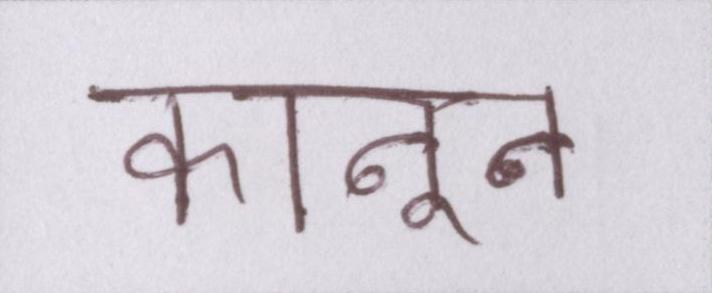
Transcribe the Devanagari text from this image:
कानून